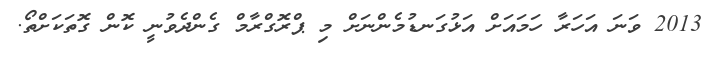
2013 ވަނަ އަހަރާ ހަމައަށް އަޅުގަނޑުމެންނަށް މި ޕްރޮގްރާމް ގެންދެވުނީ ކޮން ގޮތަކަށްތޯ.